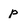
Character: p